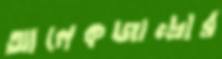
আলেকজান্দ্রার